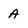
Character: A